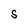
Character: S